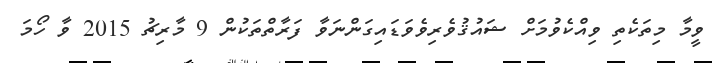
ވީމާ މިތަކެތި ވިއްކެވުމަށް ޝައުޤުވެރިވެވަޑައިގަންނަވާ ފަރާތްތަކުން 9 މާރިޗު 2015 ވާ ހޯމަ